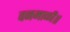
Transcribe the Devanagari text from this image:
वनमाळी॥